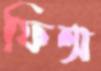
ফিন্স